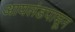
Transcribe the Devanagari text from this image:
आयलंडपासून